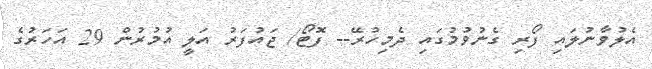
އެލުވާނުލައި ފޯރި ގެނުވުމުގައި ދެމިހުރޭ-- ފޮޓޯ/ ޖައުފަރު އަލީ އުމުރުން 29 އަހަރުގެ